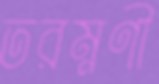
তরম্নণী